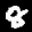
Label: 8